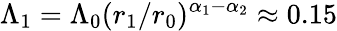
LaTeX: \Lambda_{1}=\Lambda_{0}(r_{1}/r_{0})^{\alpha_{1}-\alpha_{2}}\approx 0.15